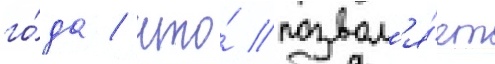
го́да / что́ позвол'я́ет